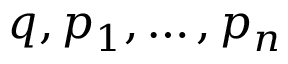
q , p _ { 1 } , \ldots , p _ { n }